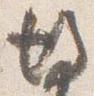
後